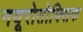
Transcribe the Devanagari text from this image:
नयूरोतोक्सिक